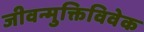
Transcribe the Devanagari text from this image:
जीवन्मुक्तिविवेक